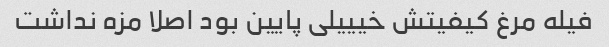
فیله مرغ کیفیتش خیییلی پایین بود اصلا مزه نداشت